Heimtali_vallavalitsus, lk 28
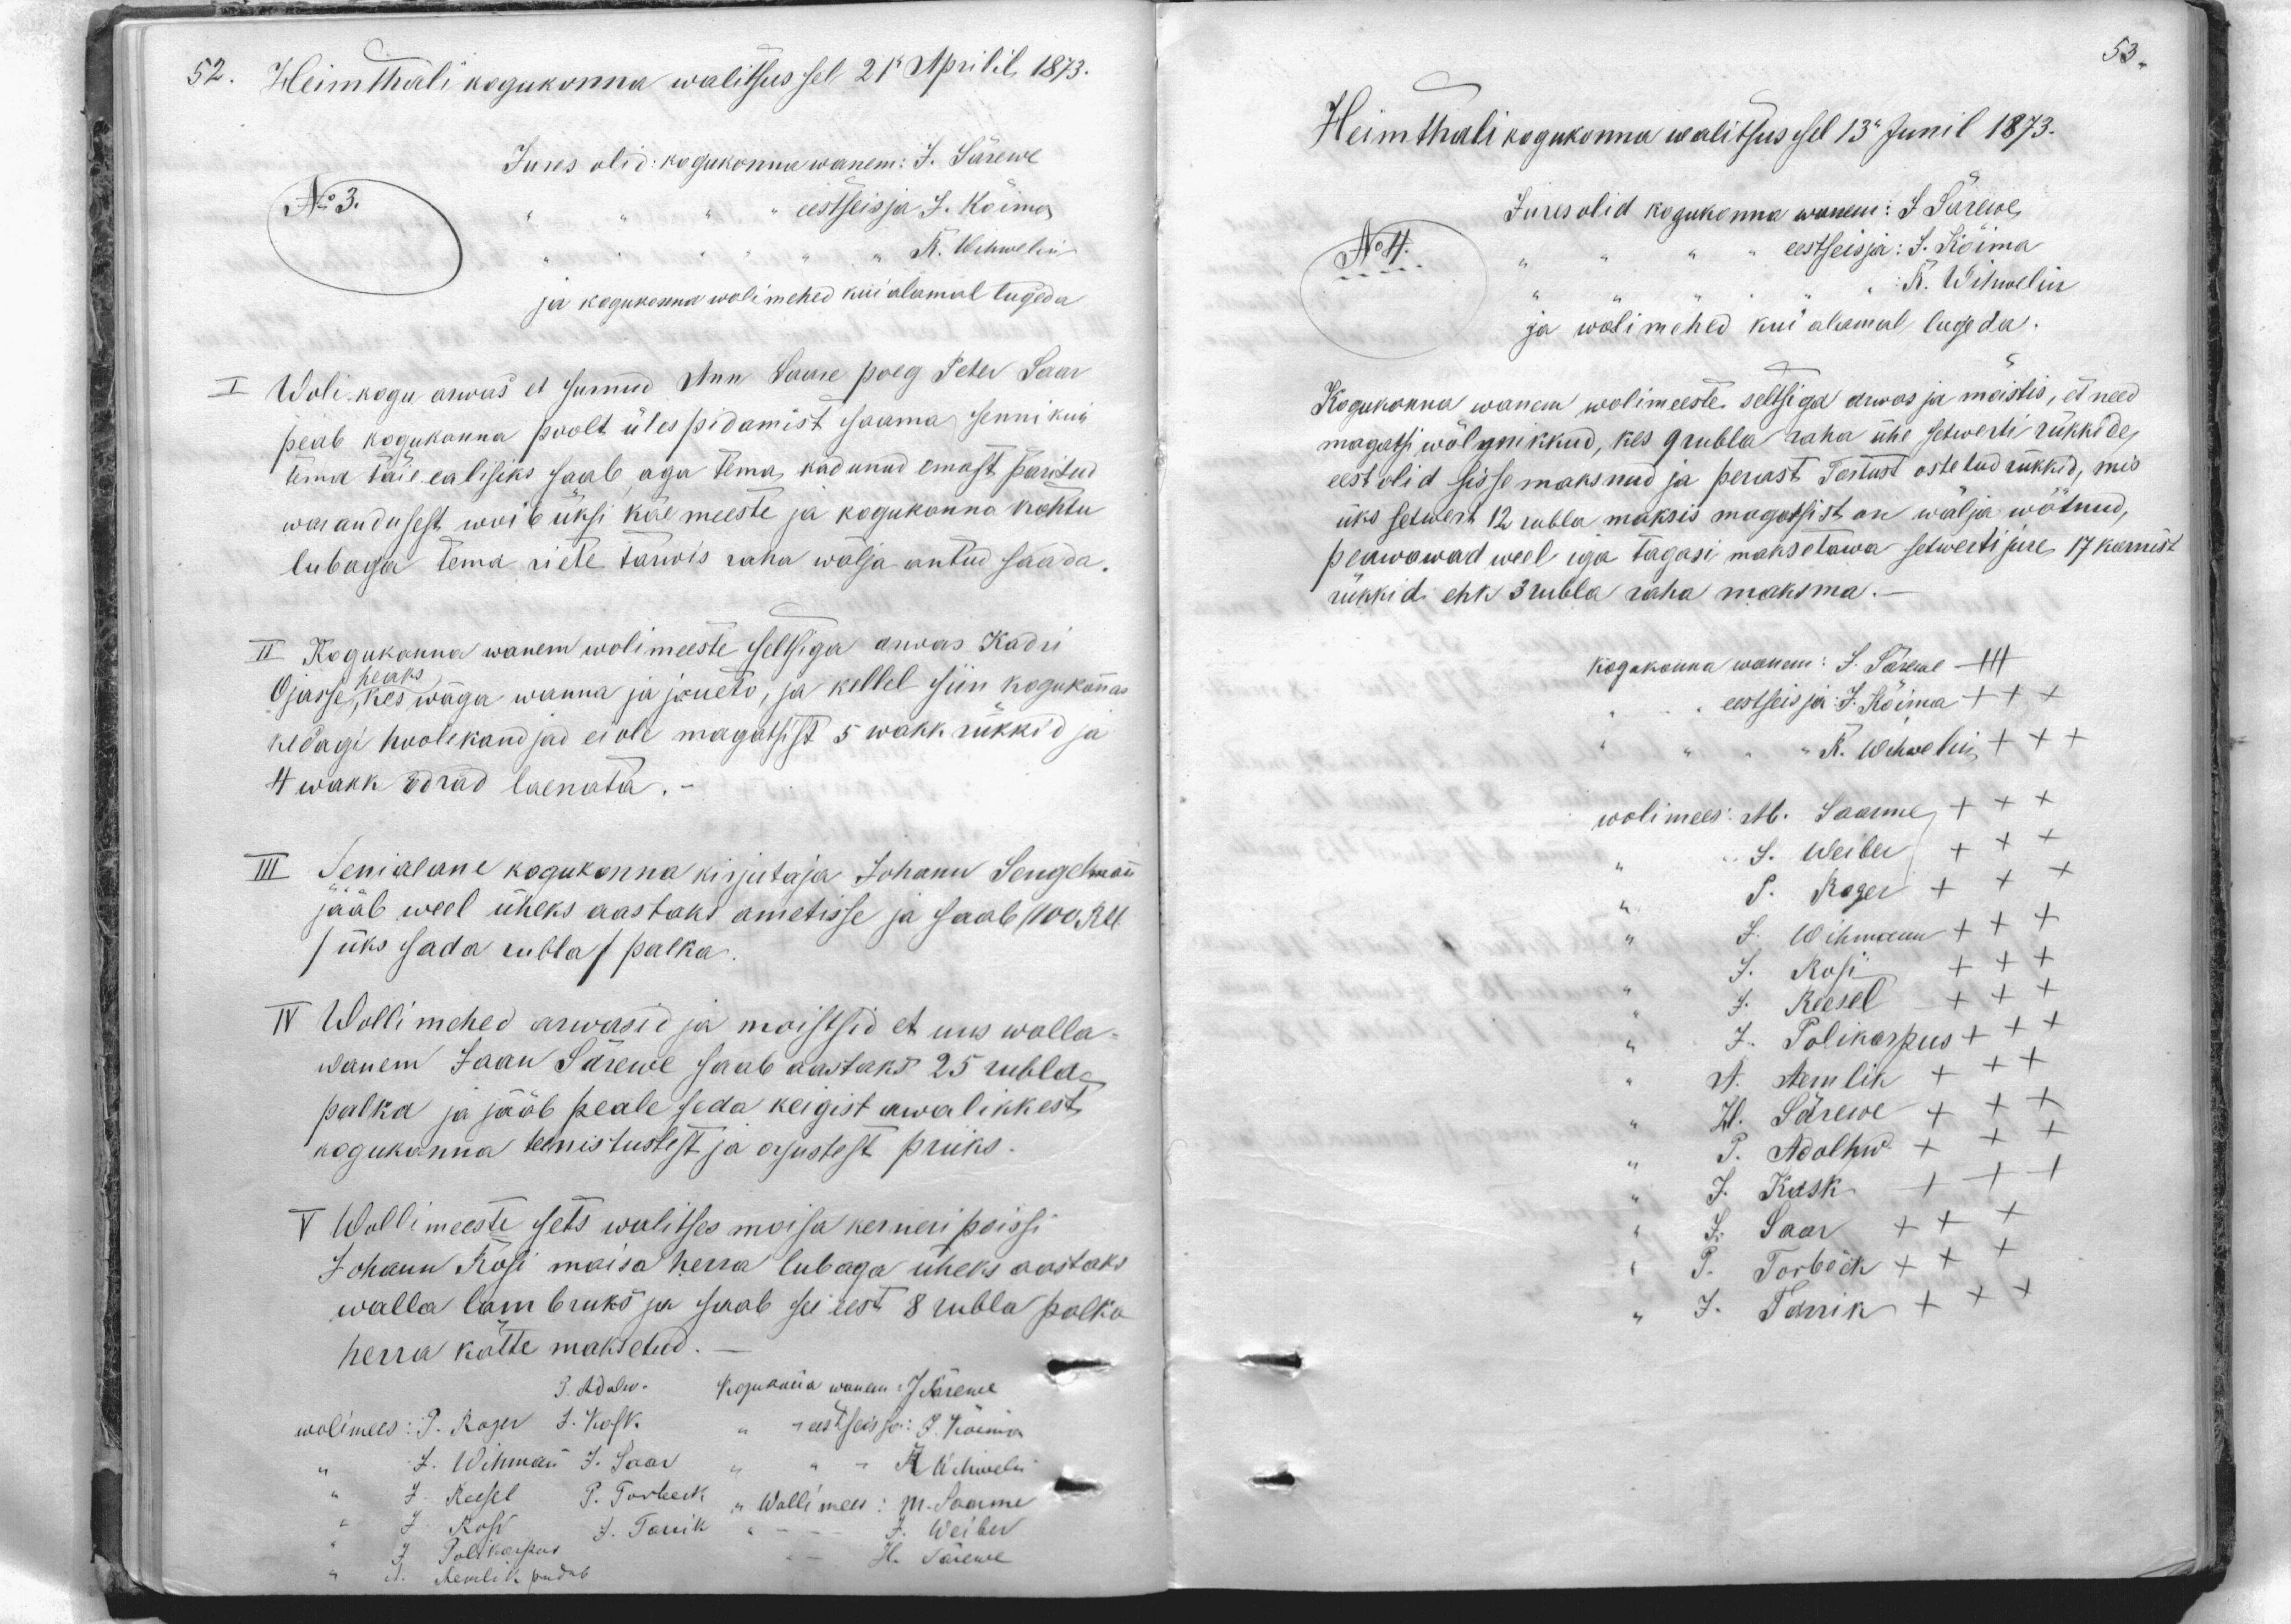
Heimthali kogukonna walitsus sel 21 Aprilil 1873.
Jures olid: kogukonna wanem: J. Särewe
No 3.
eestseisja J. Kõima
K. Wihwelin
ja kogukonna wolimehed kui alamal lugeda
I Wolikogu arwas et surnud Ann Saare poeg Peter Saar
peab kogukonna poolt üles pidamist saama senni kui
tema täie ealisiks saab, aga tema, kadunud ennast päritud
warandusest woib üksi käe meeste ja kogukonna kohtu
lubaga tema riete tarwis raha wälja antud saada.
II Kogukonna wanem wolimeeste seltsiga arwas Kadri
Ojasse heaks, kes wäga wanna ja jõueto, ja kellel siin kogukona
kedagi hoolekandjad ei ole magatsist 5 wakk rukkid ja
4 wakk odrad laenata.
III Seniaeane kogukonna kirjutaja Johann Sengelmann
jääb weel üheks aastaks ametisse ja saab (100 Rbl
(üks sada rubla) palka.
IV Wollimehed arwasid ja moistsid et uus walla-
wanem Jaan Särewe saab aastaks 25 rubla-
palka ja jääb peale seda keigist awalikkest
kogukonna teenistustest ja orjustest priiks.
V Wollimeeste sets walitses moisa kerneri poissi
Johann Rosi moisa herra lubaga üheks aastaks
walla lambruks ja saab sei eest 8 rubla palka
herra kätte maksetud
P. Adolw. Kogukonna wanem: J. Särewe
wolimees: P. Roger J. Kask. " " eestseisja. J. Kõima
J. Wihman J. Saar K. Wehwelin
J. Reesel P. Torbeck - Wollimees: M. Saarme
J. Rosi J. Tarrik - - J. Weiber
J. Polikarpus
J. Aemlik pudub - - H. Särewe

Heimthali kogukonna walitsus sel 13 Junil 1873.
Jures olid kogukonna wanem: J Särewe
No 4.
eestseisja: J. Kõima
K. Wihwelin
ja wolimehed kui alamal lugeda
Kogukonna wanem wolimeeste seltsiga arwas ja mõistis, et need
magatsi wõlgnikkud, kes 9 rubla raha ühe setwerti rükkide,
eest olid sisse maksnud ja perrast Tartust ostetud rükkid, mis
üks setwert 12 rubla maksis magatsist on wälja wõtnud,
peawawad weel iga tagasi maksetawa setwerti jure 17 karnist
rukkid ehk 3 rubla raha maksma.
kogokonna wanem: J. Särewe
eestseisja J. Kõima XXX
K. Wehwelin
wolimees: M. Saarme
J. Weiber XXX
T. Roger XXX
J. Wihmann XXX
J. Rosi +++
J. Reesel +++
J. Polikarpus +++
A. Aemlik XXX
H. Särewe XXX
J. Adolhw XXX
J. Kask +++
J. Saar XXX
P. Torbeck XXX
J. Tarrik +++